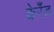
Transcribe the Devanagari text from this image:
क्रेरँड